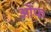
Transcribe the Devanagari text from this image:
ऒफ